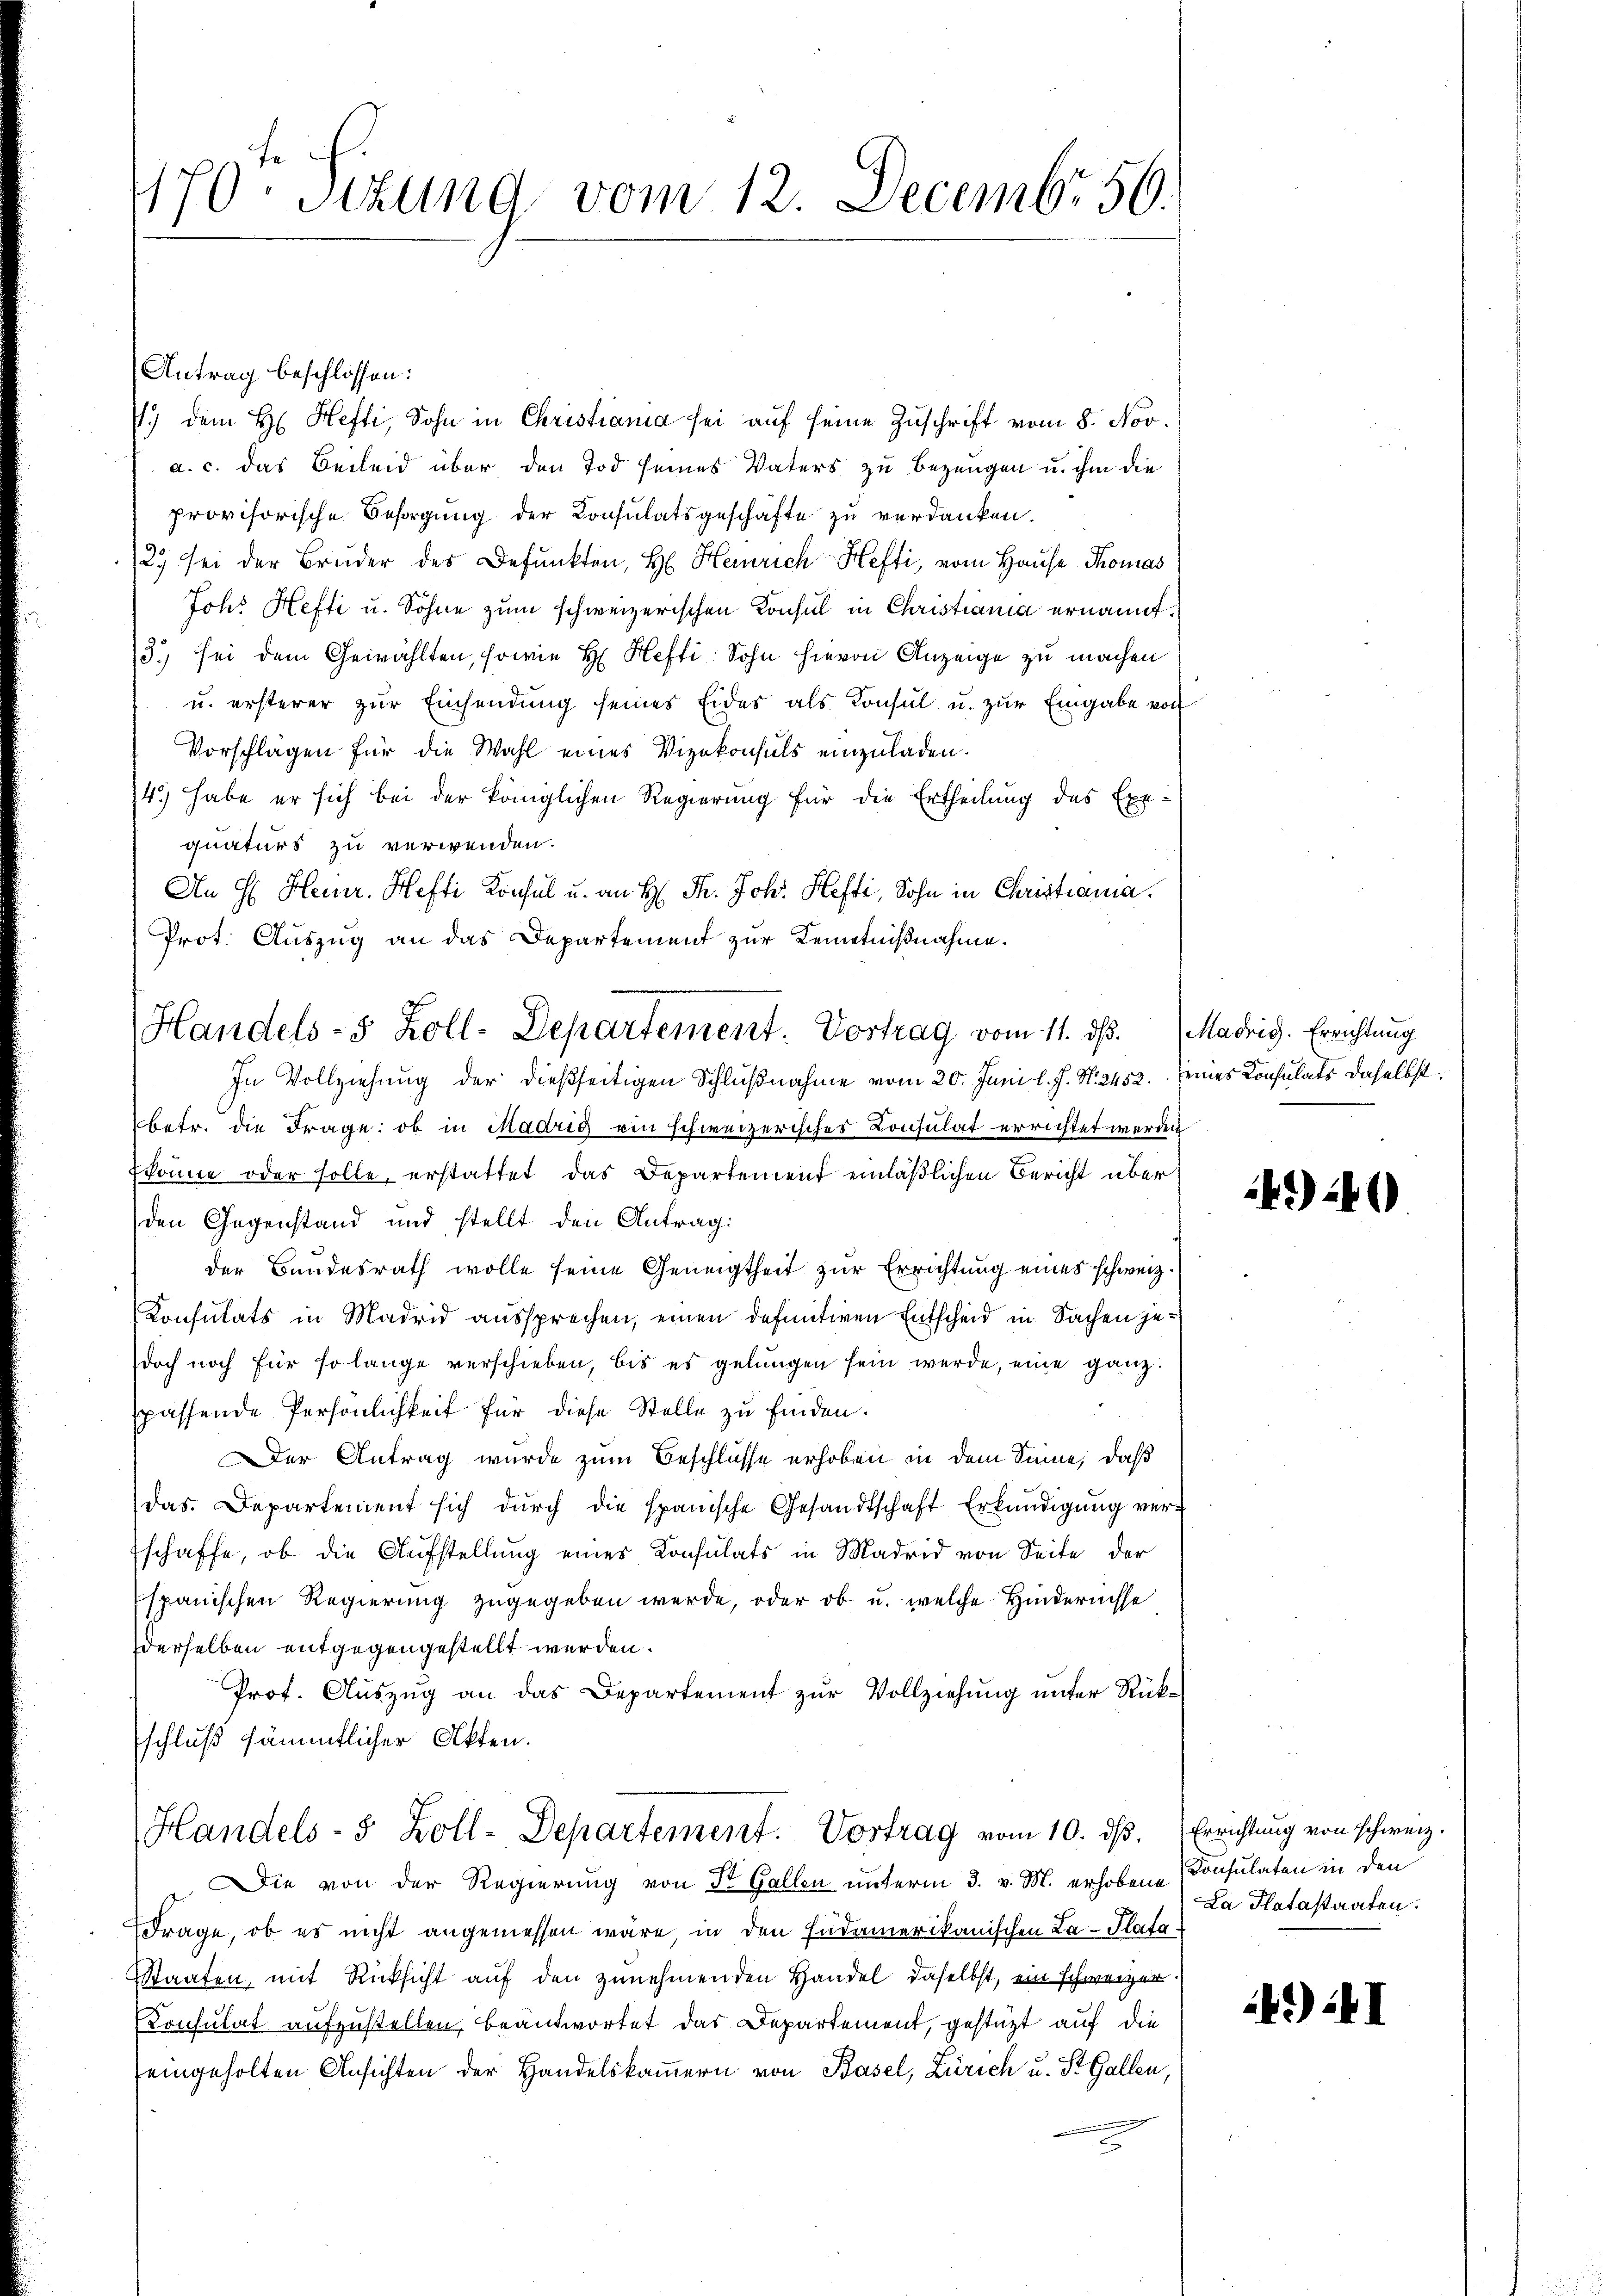
470. Sitzung vom 12. Decembr 50.

Antrag beschlossen:
7) dem H. Hefti, Sohn in Christiana sei auf seine Zuschrift vom 8. Nov.
a. c. das Beileid über den Tod seines Vaters zu bezeugen u. ihm die
provisorische Besorgung der Consulatsgeschäfte zu verdanken.
25 sei der Bruder des Befunkten, H. Heinrich Hefti, vom Hause Thomas
Joh. Hefti u. Sohne zum schweizerischen Konsul in Christiania ernannt.
3.) Sei dem Gewählten, sowie H. Hefti, Sohn hievon Anzeige zu machen
u. ersterer zŭr Einsendung seines Eides als Konsul u. zur Eingabe von
Vorschlagen für die Wahl eines Vizekonsuls einzuladen.
4.) Habe er sich bei der königlichen Regierung für die Ertheilung des Exe-
quaturs zu verwenden.
An H. Heinr. Hefti Konsul u. an H: Fr. Joh. Hefti, Sohn in Christiania.
Prot. Auszug an das Departement zur Kenntnißnahme.
In Vollziehung der dießseitigen Schlußnahme vom 20. Juni l. J. N. 2452. seines Consulats daselbst,
betr. die Frage: ob in Madrig ein schweizerisches Consulat errichtet werden
Ekönne oder solle, erstattet das Departement einläßlichen Bericht über
den Gegenstand und stellt den Antrag:
der Bundesrath wolle seine Geneigtheit zur Errichtung eines schweiz.
Konsulats in Madrid aussprechen, einen definitiven Entscheid in Sachen jedoch noch für so lange verschieben, bis es gelungen sein werde, eine ganz
spassende Persönlichkeit für diese Stelle zu finden.
Der Antrag wurde zum Beschlüsse erhoben in dem Sinne, daß
das Departement sich dŭrch die spanische Gesandtschaft Erkundigŭng ver-
schaffe, ob die Aufstellung eines Konsulats in Madrid von Seite der
spanischen Regierung zugegeben werde, oder ob u. welche Hindernisse
derselben entgegengestellt werden.
Prof. Auszug an das Departement zur Vollziehung unter Rückschluß sämmtlicher Akten.
Handels- & Zoll-Departement. Vortrag vom 10. ds. Errichtung von schweiz.
Die von der Regierung von St. Gallen unterm 3. v. M. erhobene Consulaten in den
Frage, ob es nicht angemessen wäre, in den Judamerikanischen La-Plafa¬
Staaten, mit Rücksicht auf den zunehmenden Handel, daselbst, ein schweizer.
Konsulat aufzustellen, beantwortet das Departement, gestützt auf die
eingeholten Ansichten der Handelskammern von Basel, Zürich u. St. Gallen,

Handels- 5 Zoll-Departement. Vortrag vom 11. ds.   Madris. Errichtung

494)

La Platastaaten.

4.) I